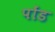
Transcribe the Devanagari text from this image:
पोंड